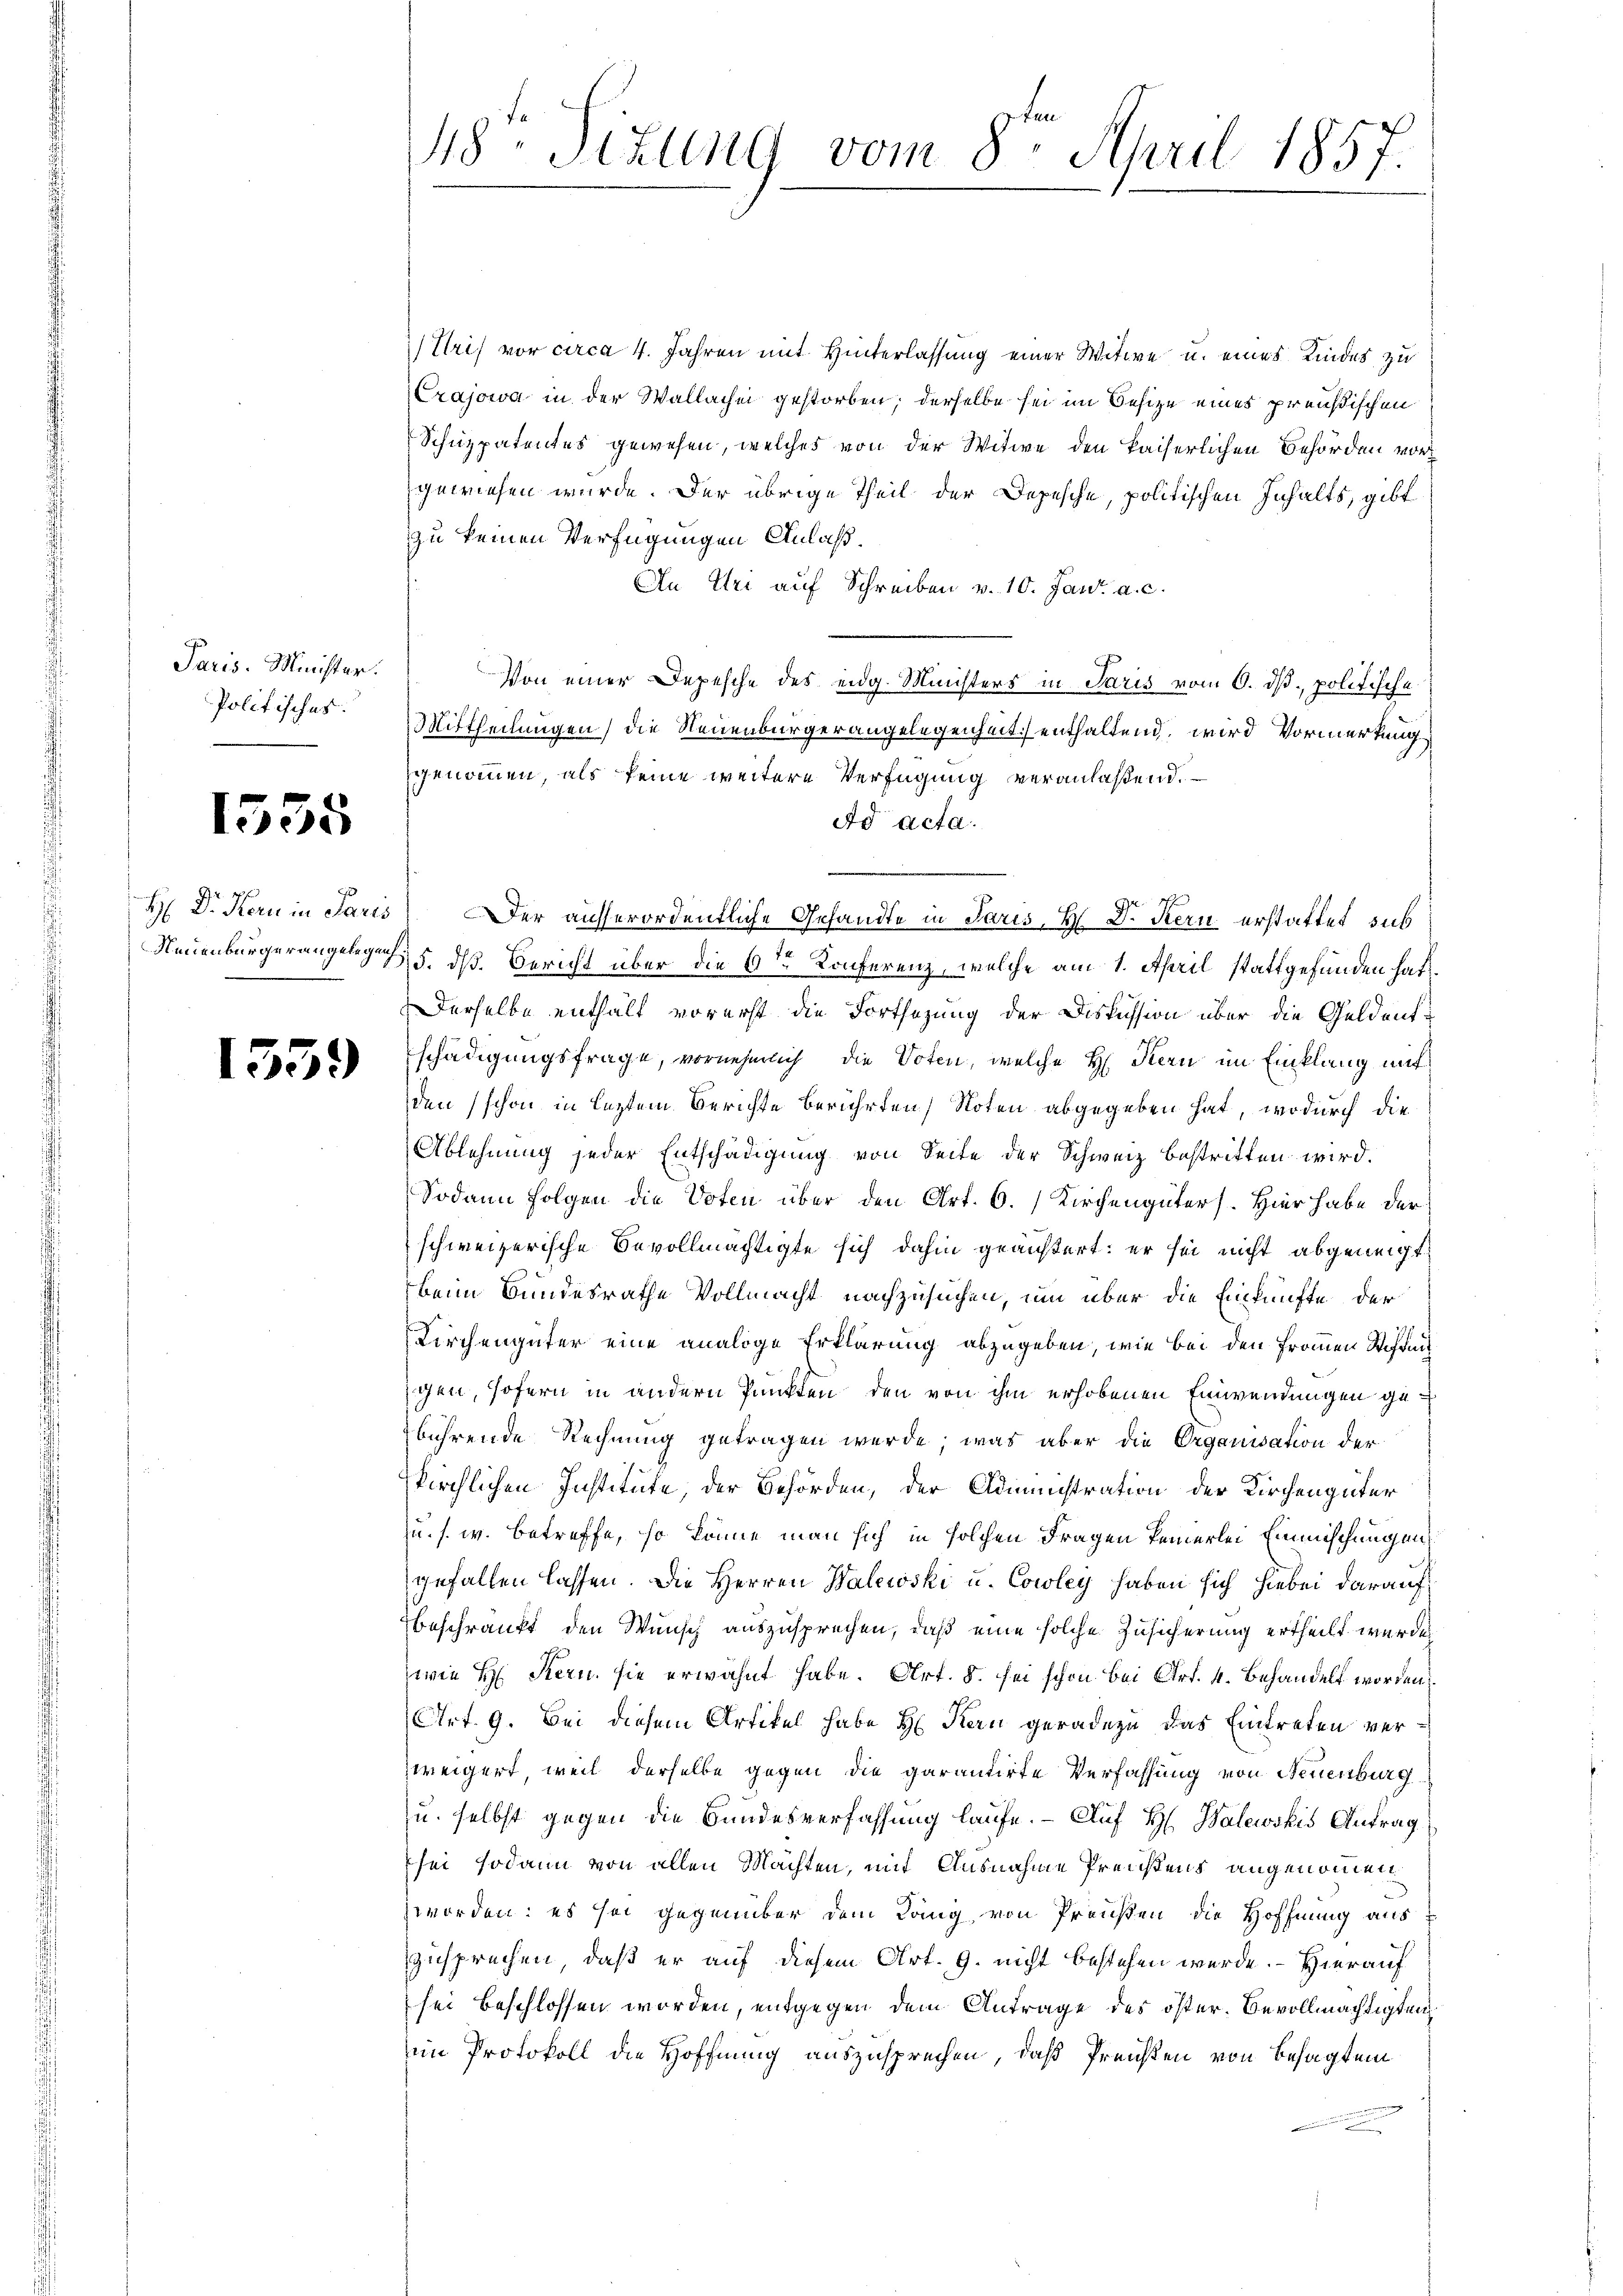
Paris. Minister.
Politisches.

1535

1539

418. Sitzung vom 8. April 1857.

Uris vor circa 4. Jahren mit Hinterlassung einer Witwe u. eines Kindes zu
Crajowa in der Wallache gestorben; derselbe sei im Besize eines preußischen
Schuzpatentes gewesen, welches von der Witwe den kaiserlichen Behörden vorgewiesen wurde. Der übrige Theil der Depesche, politischen Inhalts, gibt
zu keinen Verfügungen Anlaß.
An Uri auf Schreiben v. 10. Jan. a. c.
Von einer Depesche des eidg. Ministers in Paris vom 6. dß politische
Mittheilungen) die Neuenbürgerangelegenheit enthaltend, wird Vormerkung
genommen, als keine weitere Verfügung veranlaßend.
dd acta.
.
H D. Kanin Paris Der ausserordentliche Gesandte in Paris, H D. Stern erstattet sus
Neuenburgerangelegens 5. dß. Bericht über die 6ten Konferenz, welche am 1. April stattgefunden hat.
Derselbe enthält vorerst die Fortsezung der Diskussion über die Geldentschädigungsfrage, vornehmlich die Voten, welche H. Kern im Einklang mit
den schon in leztem Berichte berührten Noten abgegeben hat, wodurch die
Ablehnung jeder Entschädigung von Seite der Schweiz bestritten wird.
Sodann Folgen die Voten über den Art. 6. Kirchengüters. Hier habe der
schweizerische Bevollmächtigte sich dahin geäußert: er sei nicht abgeneigt
beim Bundesrathe Vollmacht nachzusuchen, um über die Einkünfte der
Kirchengüter eine analige Erklärung abzugeben, wie bei den frommen Steffnis
gen, sofern in andern Punkten den von ihm erhobenen Einwendungen gebührende Rechnung getragen werde; was aber die Organisation der
kirchlichen Institute, der Behörden, der Administration der Kirchengüter
u. s. w. Betreffe, so könne man sich in solchen Fragen Pennerlei Einmischungen
gefallen lassen. Die Herren Walewski u. Cowley haben sich hiebei darauf
beschränkt den Wunsch auszusprechen, daß eine solche Zusicherung ertheilt wurde,
wie H: Stern sie erwähnt habe. Art. 5. sei schon bei Art. 4. Behandelt worden
Art. 9. Bei diesem Artikel habe H. Kern geradezu das Eintreten verzweigert, weil derselbe gegen die garantirte Verfassung von Neuenburg
u. selbst gegen die Bundesverfassung laufe. - Auf H. Walewskis Antrag
sei sodann von allen Machten, mit Ausnahme Preistens angenommen
zworden: es sei gegenüber dem Lang von Preußen die Hoffnung aus
zusprechen, daß er auf diesem Art. 9. nicht bestehen wurde. - Hierauf
sei beschlossen worden, entgegen dem Antrage des öster. Bevollmächtigten
im Protokoll die Hoffnung auszusprechen, daß Preisten von Besagten